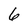
Character: 6